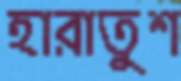
হারাতুশ